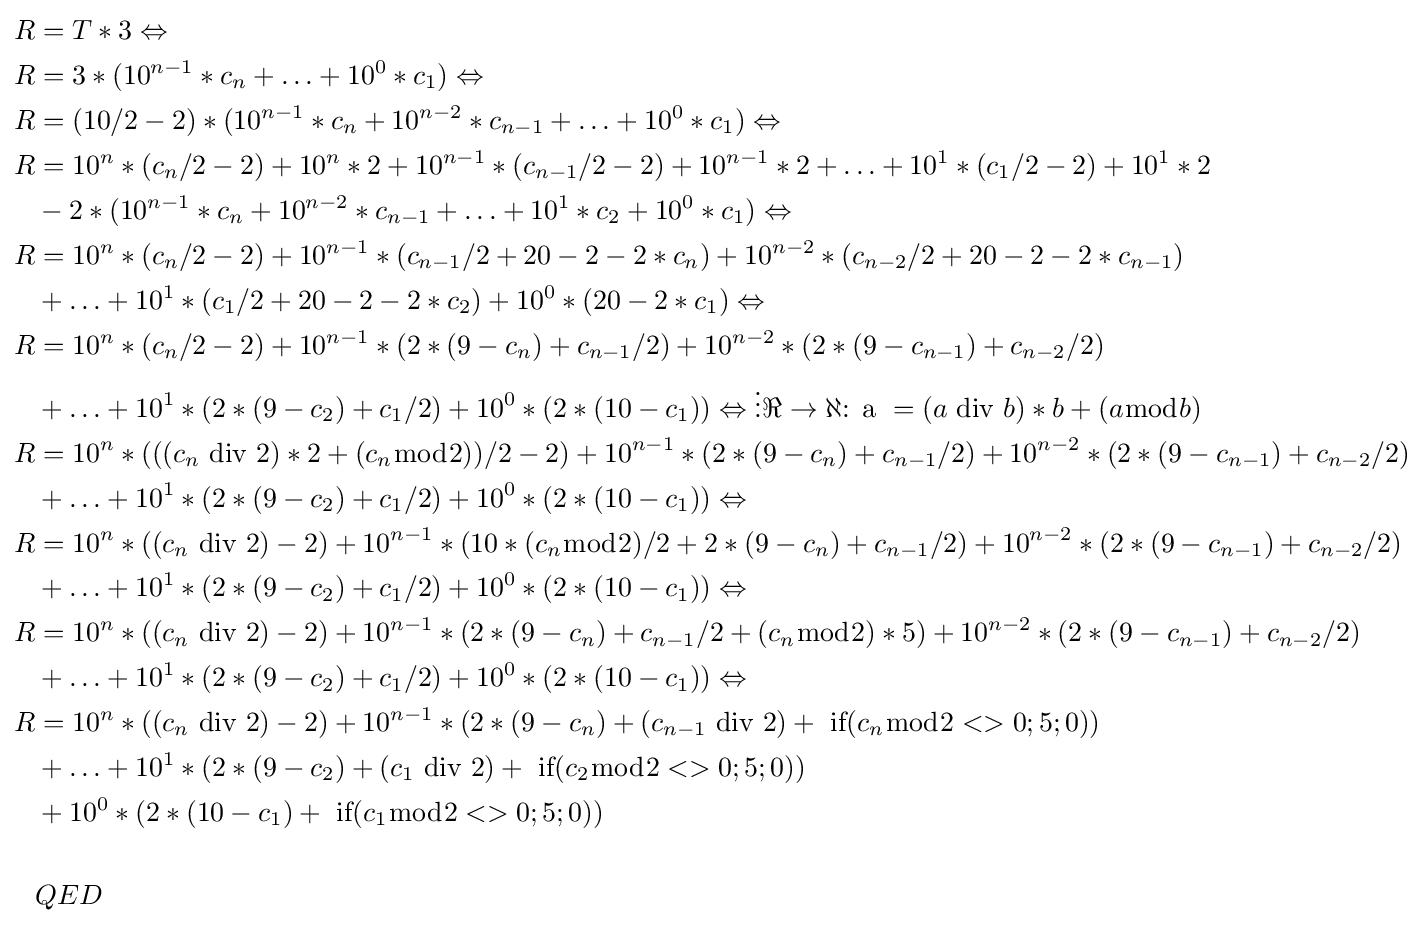
{\begin{aligned}R&=T*3\Leftrightarrow \\R&=3*(10^{n-1}*c_{n}+\ldots +10^{0}*c_{1})\Leftrightarrow \\R&=(10/2-2)*(10^{n-1}*c_{n}+10^{n-2}*c_{n-1}+\ldots +10^{0}*c_{1})\Leftrightarrow \\R&=10^{n}*(c_{n}/2-2)+10^{n}*2+10^{n-1}*(c_{n-1}/2-2)+10^{n-1}*2+\ldots +10^{1}*(c_{1}/2-2)+10^{1}*2\\&-2*(10^{n-1}*c_{n}+10^{n-2}*c_{n-1}+\ldots +10^{1}*c_{2}+10^{0}*c_{1})\Leftrightarrow \\R&=10^{n}*(c_{n}/2-2)+10^{n-1}*(c_{n-1}/2+20-2-2*c_{n})+10^{n-2}*(c_{n-2}/2+20-2-2*c_{n-1})\\&+\ldots +10^{1}*(c_{1}/2+20-2-2*c_{2})+10^{0}*(20-2*c_{1})\Leftrightarrow \\R&=10^{n}*(c_{n}/2-2)+10^{n-1}*(2*(9-c_{n})+c_{n-1}/2)+10^{n-2}*(2*(9-c_{n-1})+c_{n-2}/2)\\&+\ldots +10^{1}*(2*(9-c_{2})+c_{1}/2)+10^{0}*(2*(10-c_{1}))\Leftrightarrow \vdots \Re \to \aleph {\text{: a }}=(a{\text{ div }}b)*b+(a{\bmod {b}})\\R&=10^{n}*(((c_{n}{\text{ div }}2)*2+(c_{n}{\bmod {2}}))/2-2)+10^{n-1}*(2*(9-c_{n})+c_{n-1}/2)+10^{n-2}*(2*(9-c_{n-1})+c_{n-2}/2)\\&+\ldots +10^{1}*(2*(9-c_{2})+c_{1}/2)+10^{0}*(2*(10-c_{1}))\Leftrightarrow \\R&=10^{n}*((c_{n}{\text{ div }}2)-2)+10^{n-1}*(10*(c_{n}{\bmod {2}})/2+2*(9-c_{n})+c_{n-1}/2)+10^{n-2}*(2*(9-c_{n-1})+c_{n-2}/2)\\&+\ldots +10^{1}*(2*(9-c_{2})+c_{1}/2)+10^{0}*(2*(10-c_{1}))\Leftrightarrow \\R&=10^{n}*((c_{n}{\text{ div }}2)-2)+10^{n-1}*(2*(9-c_{n})+c_{n-1}/2+(c_{n}{\bmod {2}})*5)+10^{n-2}*(2*(9-c_{n-1})+c_{n-2}/2)\\&+\ldots +10^{1}*(2*(9-c_{2})+c_{1}/2)+10^{0}*(2*(10-c_{1}))\Leftrightarrow \\R&=10^{n}*((c_{n}{\text{ div }}2)-2)+10^{n-1}*(2*(9-c_{n})+(c_{n-1}{\text{ div }}2)+{\text{ if}}(c_{n}{\bmod {2}}<>0;5;0))\\&+\ldots +10^{1}*(2*(9-c_{2})+(c_{1}{\text{ div }}2)+{\text{ if}}(c_{2}{\bmod {2}}<>0;5;0))\\&+10^{0}*(2*(10-c_{1})+{\text{ if}}(c_{1}{\bmod {2}}<>0;5;0))\\\\&QED\end{aligned}}